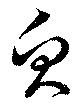
魚